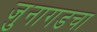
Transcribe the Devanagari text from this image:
जुनागडचा